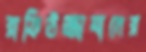
রাফিউজ্জামানের